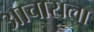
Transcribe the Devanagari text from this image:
आचाराला